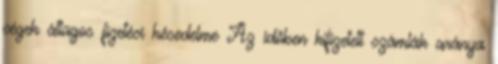
cégek átlagos fizetési késedelme Az időben kifizetett számlák aránya